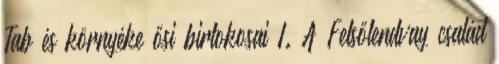
Tab és környéke ősi birtokosai I. A Felsőlendvay család